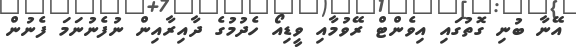
އޭނާ ބުނި ގޮތުގައި އިވެންޓް ރޭވުމާއި ވީޑިއޯ ހެދުމުގެ ދާއިރާއިން ނުފެނުނަމަ ފެނުން